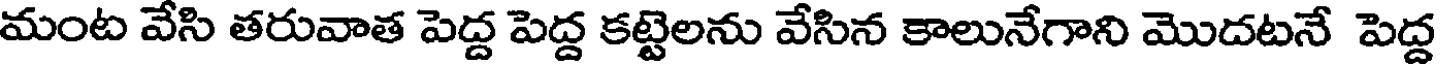
మంట వేసి తరువాత పెద్ద పెద్ద కట్టెలను వేసిన కాలునేగాని మొదటనే పెద్ద